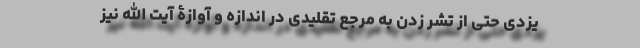
یزدی حتی از تشر زدن به مرجع تقلیدی در اندازه و آوازۀ آیت الله نیز